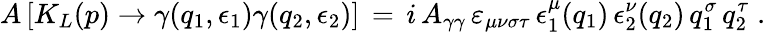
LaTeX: A\, [K_{L}(p)\rightarrow\gamma(q_{1},\epsilon_{1})\gamma(q_{2},\epsilon_{2})]\, =\, i\, A_{\gamma\gamma}\, \varepsilon_{\mu\nu\sigma\tau}\, \epsilon_{1}^{\mu}(q_{1})\, \epsilon_{2}^{\nu}(q_{2})\, q_{1}^{\sigma}\, q_{2}^{\tau}\; .